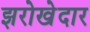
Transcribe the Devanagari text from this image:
झरोखेदार